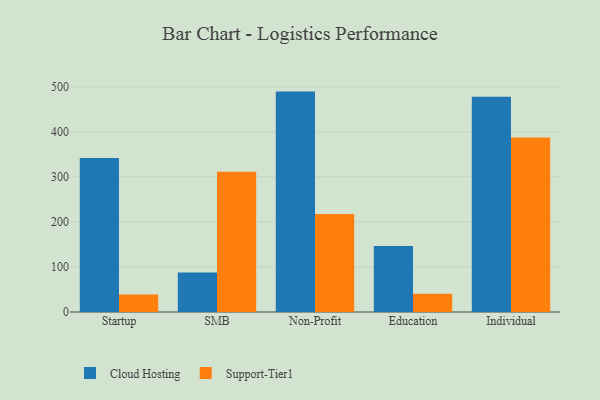
{"axis": {"x": "Segment", "y": "Shipments"}, "legend": ["Cloud Hosting", "Support-Tier1"], "data": [{"x": "Startup", "y": 341.8, "type": "Cloud Hosting"}, {"x": "Startup", "y": 38.8, "type": "Support-Tier1"}, {"x": "SMB", "y": 87.4, "type": "Cloud Hosting"}, {"x": "SMB", "y": 311.5, "type": "Support-Tier1"}, {"x": "Non-Profit", "y": 489.1, "type": "Cloud Hosting"}, {"x": "Non-Profit", "y": 217.3, "type": "Support-Tier1"}, {"x": "Education", "y": 146.3, "type": "Cloud Hosting"}, {"x": "Education", "y": 40.3, "type": "Support-Tier1"}, {"x": "Individual", "y": 477.6, "type": "Cloud Hosting"}, {"x": "Individual", "y": 387.3, "type": "Support-Tier1"}]}